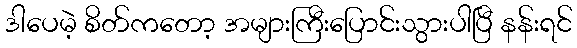
ဒါပေမဲ့ စိတ်ကတော့ အများကြီးပြောင်းသွားပါပြီ နန်းရင်